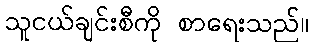
သူငယ်ချင်းစီကို စာရေးသည်။